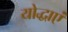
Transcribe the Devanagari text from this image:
योद्धाएं